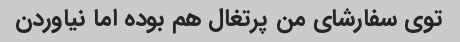
توی سفارشای من پرتغال هم بوده اما نیاوردن